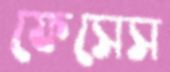
ফেসেস